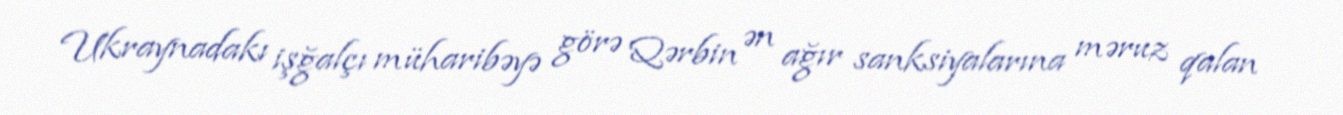
Ukraynadakı işğalçı müharibəyə görə Qərbin ən ağır sanksiyalarına məruz qalan